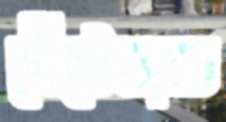
গেঁটেবাত